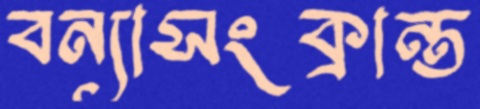
বন্যাসংক্রান্ত